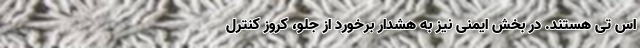
اس تی هستند. در بخش ایمنی نیز به هشدار برخورد از جلو، کروز کنترل